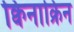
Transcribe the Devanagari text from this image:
क्विनाक्रिन